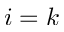
i = k